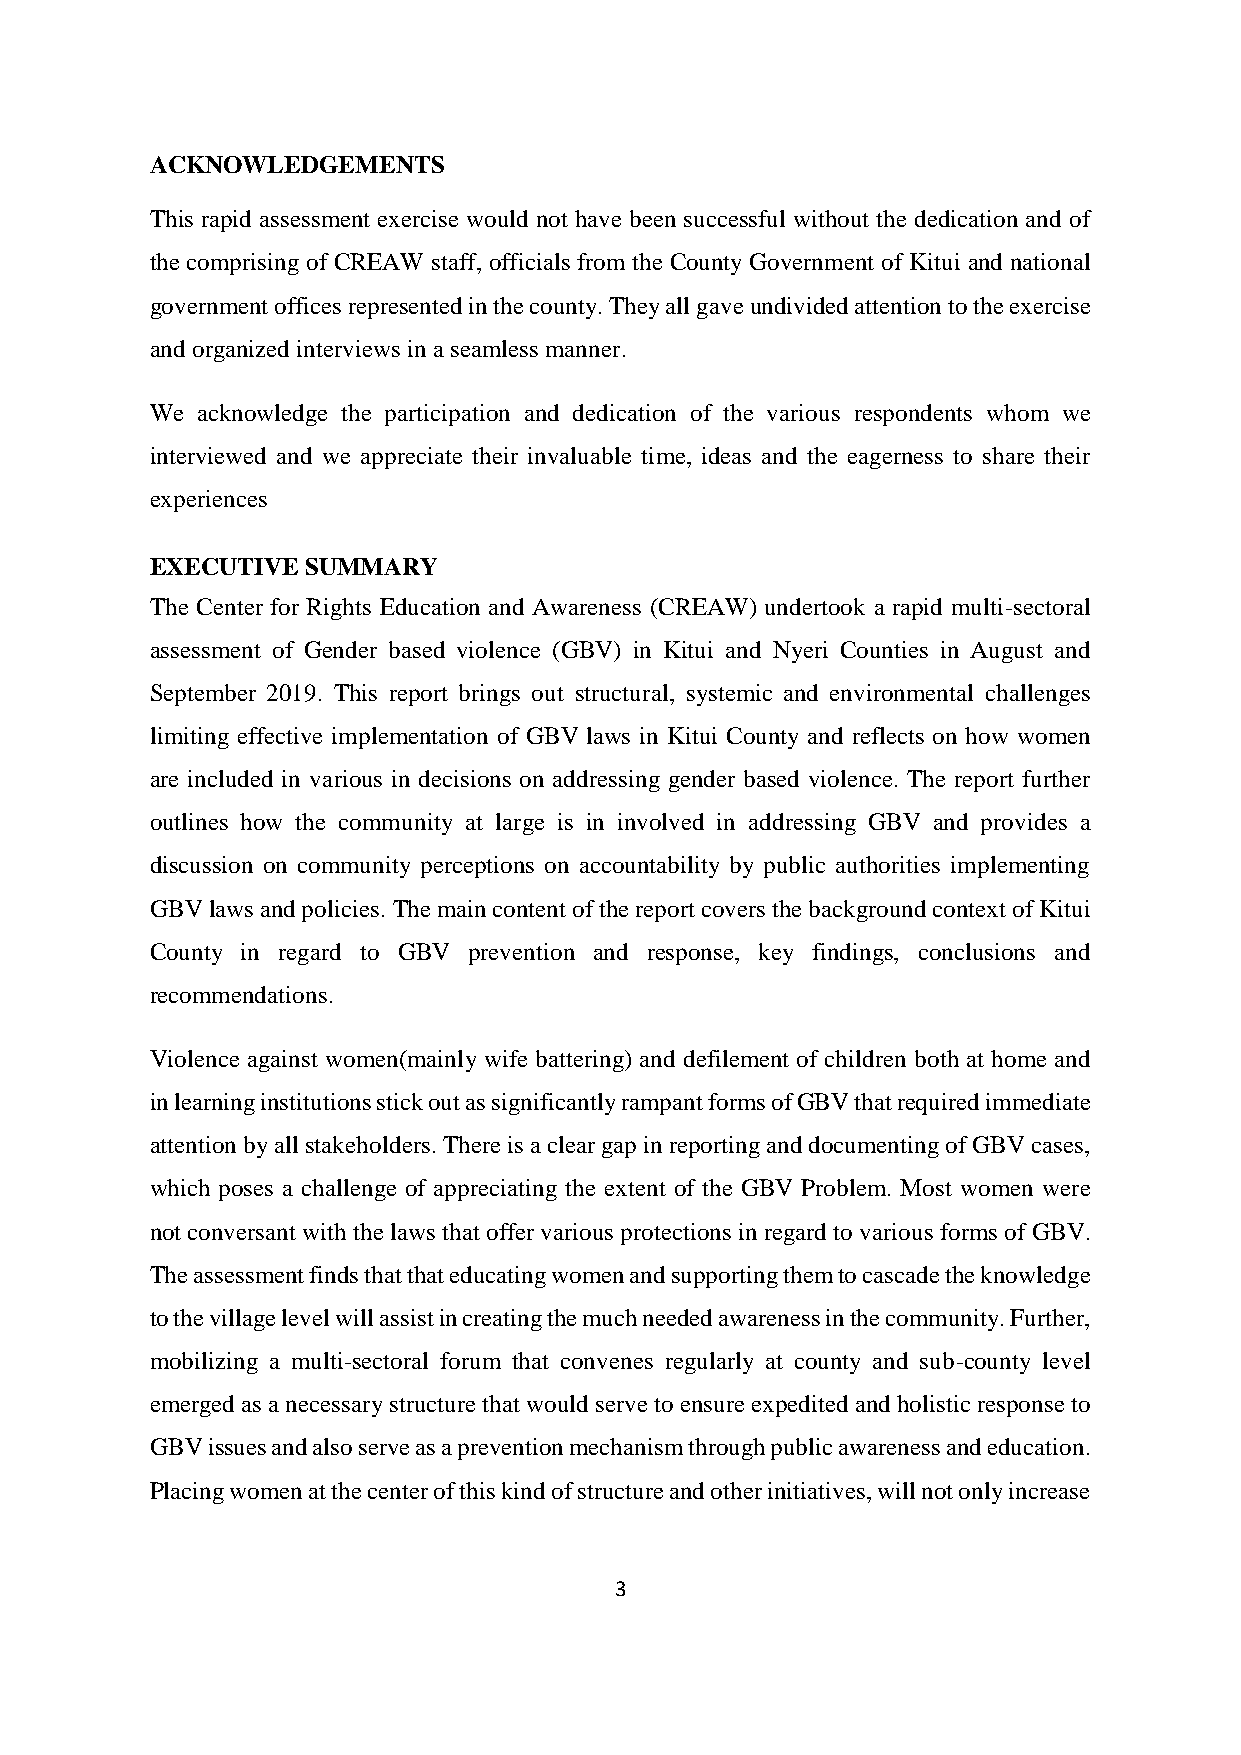
ACKNOWLEDGEMENTS
 This rapid assessment exercise would not have been successful without the dedication and of
 the comprising of CREAW staff, officials from the County Government of Kitui and national
 government offices represented in the county. They all gave undivided attention to the exercise
 and organized interviews in a seamless manner.
 We acknowledge the participation and dedication of the various respondents whom we
 interviewed and we appreciate their invaluable time, ideas and the eagerness to share their
 experiences
 EXECUTIVE SUMMARY
 The Center for Rights Education and Awareness (CREAW) undertook a rapid multi-sectoral
 assessment of Gender based violence (GBV) in Kitui and Nyeri Counties in August and
 September 2019. This report brings out structural, systemic and environmental challenges
 limiting effective implementation of GBV laws in Kitui County and reflects on how women
 are included in various in decisions on addressing gender based violence. The report further
 outlines how the community at large is in involved in addressing GBV and provides a
 discussion on community perceptions on accountability by public authorities implementing
 GBV laws and policies. The main content of the report covers the background context of Kitui
 County in regard to GBV prevention and response, key findings, conclusions and
 recommendations.
 Violence against women(mainly wife battering) and defilement of children both at home and
 in learning institutions stick out as significantly rampant forms of GBV that required immediate
 attention by all stakeholders. There is a clear gap in reporting and documenting of GBV cases,
 which poses a challenge of appreciating the extent of the GBV Problem. Most women were
 not conversant with the laws that offer various protections in regard to various forms of GBV.
 The assessment finds that that educating women and supporting them to cascade the knowledge
 to the village level will assist in creating the much needed awareness in the community. Further,
 mobilizing a multi-sectoral forum that convenes regularly at county and sub-county level
 emerged as a necessary structure that would serve to ensure expedited and holistic response to
 GBV issues and also serve as a prevention mechanism through public awareness and education.
 Placing women at the center of this kind of structure and other initiatives, will not only increase
 3